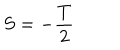
LaTeX: S = - \frac T 2